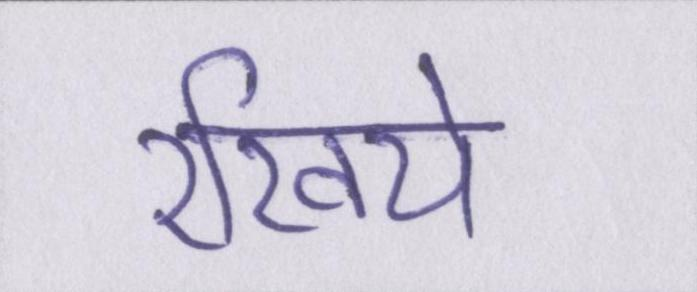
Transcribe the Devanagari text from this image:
रखिये